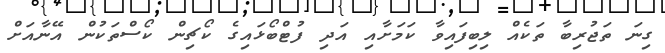
ގިނަ ތަޖުރިބާ ތަކެއް ލިބިފައިވާ ކަމަށާއި އަދި ފުޓްބޯޅައިގެ ކޯޗިން ކޯސްތަކުން އޭނާއަށް